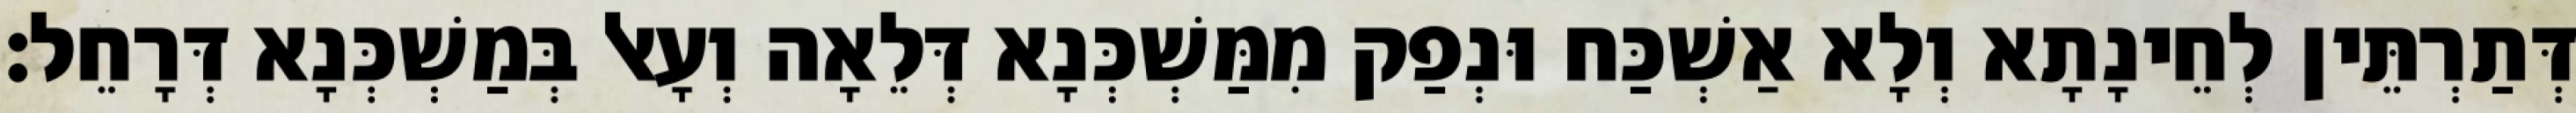
דְּתַרְתֵּין לְחֵינָתָא וְלָא אַשְׁכַּח וּנְפַק מִמַּשְׁכְּנָא דְּלֵאָה וְעָאל בְּמַשְׁכְּנָא דְּרָחֵל׃